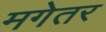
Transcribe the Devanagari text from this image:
मगेतर